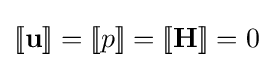
[\![\mathbf {u} ]\!]=[\![p]\!]=[\![\mathbf {H} ]\!]=0